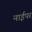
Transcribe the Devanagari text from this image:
नाईपर